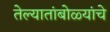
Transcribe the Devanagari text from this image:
तेल्यातांबोळ्यांचे